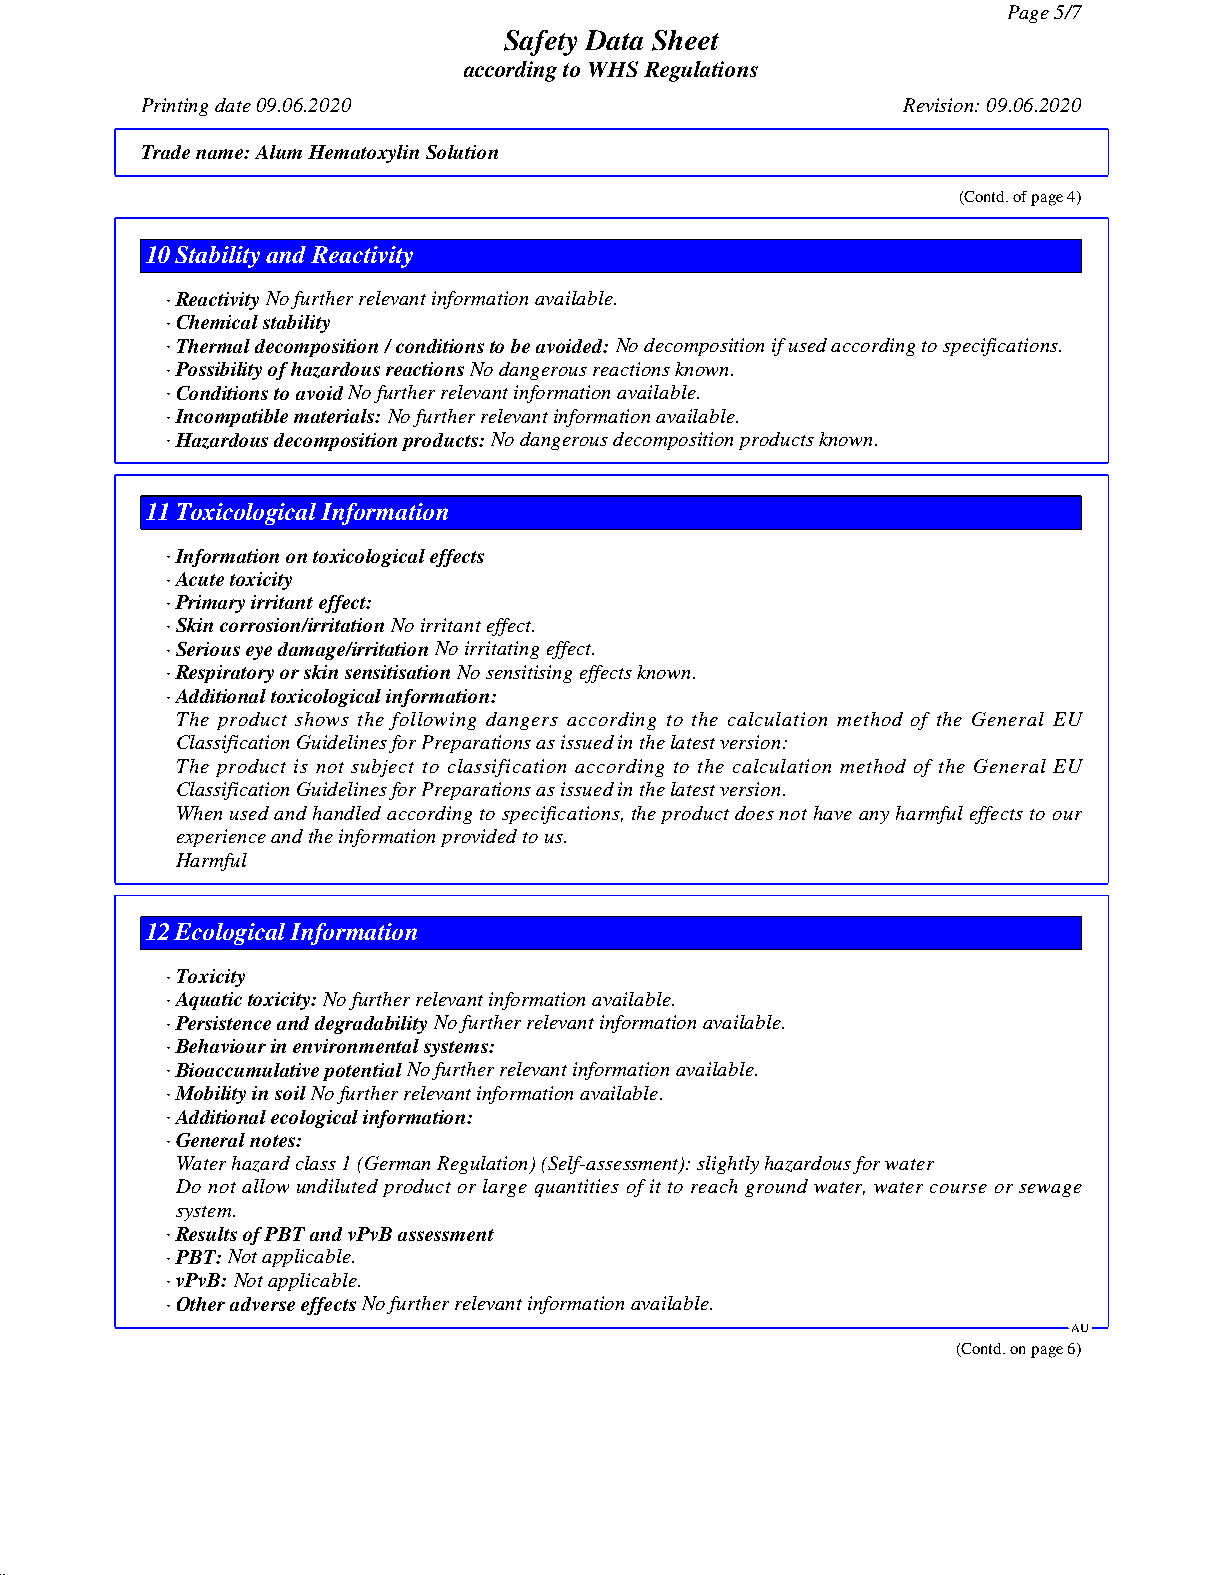
Page 5/7
 Safety Data Sheet
 according to WHS Regulations
 Printing date 09.06.2020                           Revision: 09.06.2020
 Trade name:Alum Hematoxylin Solution
 (Contd. of page 4)
 10Stability and Reactivity
 · ReactivityNo further relevant information available.
 · Chemical stability
 · Thermal decomposition / conditions to be avoided:No decomposition if used according to specifications.
 · Possibility of hazardous reactionsNo dangerous reactions known.
 · Conditions to avoidNo further relevant information available.
 · Incompatible materials:No further relevant information available.
 · Hazardous decomposition products:No dangerous decomposition products known.
 11Toxicological Information
 · Information on toxicological effects
 · Acute toxicity
 · Primary irritant effect:
 · Skin corrosion/irritationNo irritant effect.
 · Serious eye damage/irritationNo irritating effect.
 · Respiratory or skin sensitisationNo sensitising effects known.
 · Additional toxicological information:
 The product shows the following dangers according to the calculation method of the General EU
 Classification Guidelines for Preparations as issued in the latest version:
 The product is not subject to classification according to the calculation method of the General EU
 Classification Guidelines for Preparations as issued in the latest version.
 When used and handled according to specifications, the product does not have any harmful effects to our
 experience and the information provided to us.
 Harmful
 12Ecological Information
 · Toxicity
 · Aquatic toxicity:No further relevant information available.
 · Persistence and degradabilityNo further relevant information available.
 · Behaviour in environmental systems:
 · Bioaccumulative potentialNo further relevant information available.
 · Mobility in soilNo further relevant information available.
 · Additional ecological information:
 · General notes:
 Water hazard class 1 (German Regulation) (Self-assessment): slightly hazardous for water
 Do not allow undiluted product or large quantities of it to reach ground water, water course or sewage
 system.
 · Results of PBT and vPvB assessment
 · PBT:Not applicable.
 · vPvB:Not applicable.
 · Other adverse effectsNo further relevant information available.
 AU
 (Contd. on page 6)
 51.0.2